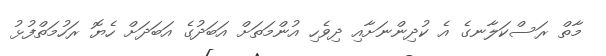
މާތް ރަސްކަލާނގެ އެ ކުދިންނަށާއި ދިވެހި އުންމަތަށް އަބަދުގެ އަބަދަށް ހެޔޮ ރަހުމަތްފުޅު